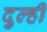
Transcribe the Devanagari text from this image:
दुल्ही